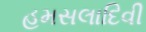
હમસલાદિવી